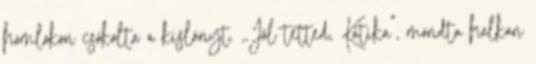
homlokon csókolta a kislányt. ,,Jól tetted, Katika", mondta halkan